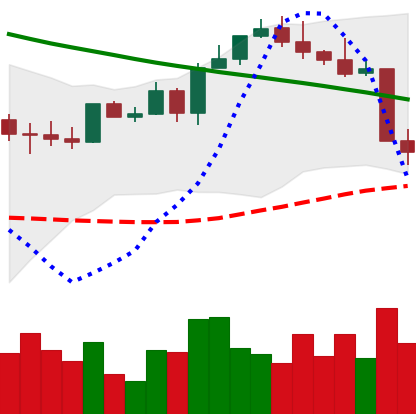
Ticker: ETH-USD
Chart end date: 2022-08-20
Forward return: 7.575%
Label: up_7plus